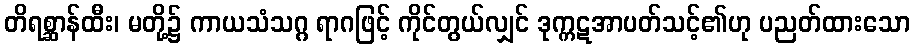
တိရစ္ဆာန်ထီး၊ မတို့၌ ကာယသံသဂ္ဂ ရာဂဖြင့် ကိုင်တွယ်လျှင် ဒုက္ကဋအာပတ်သင့်၏ဟု ပညတ်ထားသော